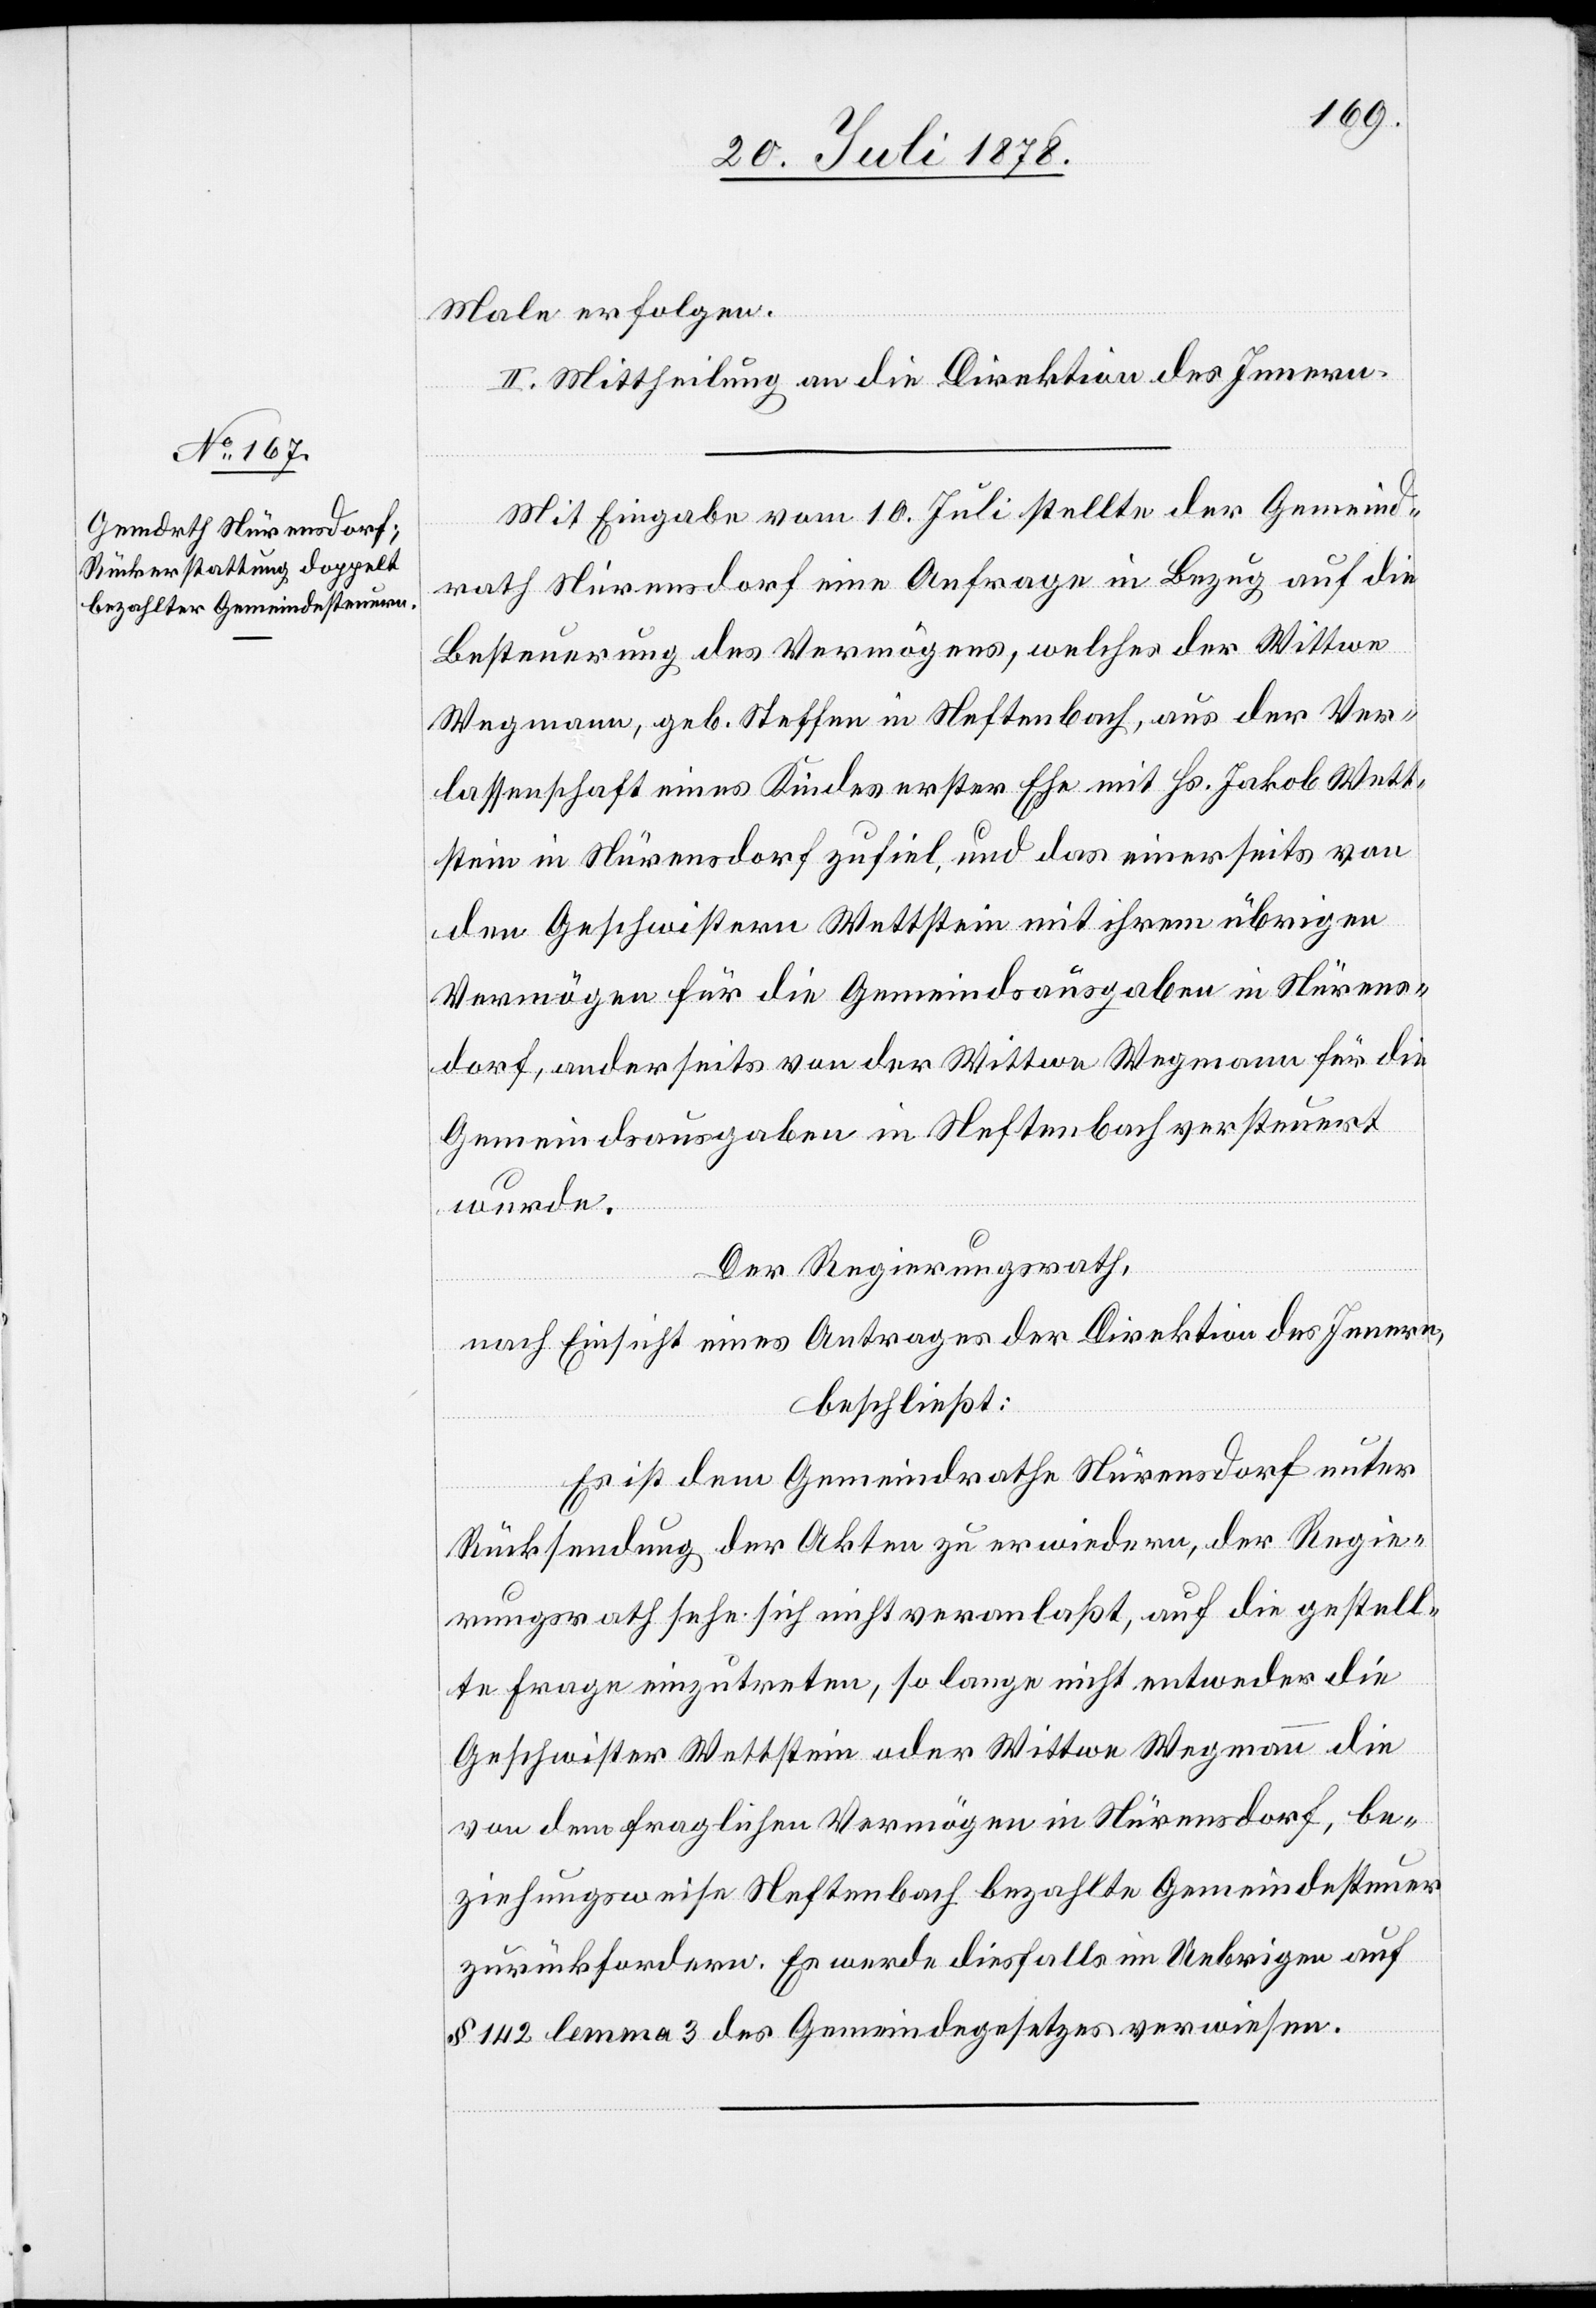
Male erfolgen.
II. Mittheilung an die Direktion des Innern.
Mit Eingabe vom 10. Juli stellte der Gemeind¬
rath Nürensdorf eine Anfrage in Bezug auf die
Besteuerung des Vermögens, welches der Wittwe
Wegmann, geb. Steffen in Neftenbach, aus der Ver¬
lassenschaft eines Kindes erster Ehe mit Hs. Jakob Wett¬
stein in Nürensdorf zufiel, und das einerseits von
den Geschwistern Wettstein mit ihrem übrigen
Vermögen für die Gemeindsausgaben in Nürens¬
dorf, anderseits von der Wittwe Wegmann für die
Gemeindsausgaben in Neftenbach versteuert
wurde.
Der Regierungsrath,
nach Einsicht eines Antrages der Direktion des Innern,
beschließt:
Es ist dem Gemeindrathe Nürensdorf unter
Rücksendung der Akten zu erwiedern, der Regie¬
rungsrath sehe sich nicht veranlaßt, auf die gestell¬
te Frage einzutreten, so lange nicht entweder die
Geschwister Wettstein oder Wittwe Wegmann die
von dem fraglichen Vermögen in Nürensdorf, be¬
ziehungswiese Neftenbach bezahlte Gemeindesteuer
zurückfordern. Es werde diesfalls im Uebrigen auf
§ 142 lemma 3 des Gemeindegesetzes verwiesen.